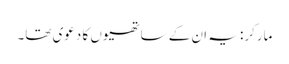
مارکر: یہ ان کے ساتھیوں کا دعوی تھا۔